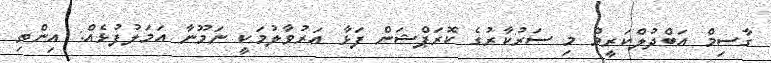
ގާސިމް އަބްދުލްކަރީމް މި ސަރުކާރުގެ ކޮރަޕްޝަން ފަޅާ އަރުވާލުމަކީ ނަމޫނާ އަމަލުފުޅެއް: އިންތި